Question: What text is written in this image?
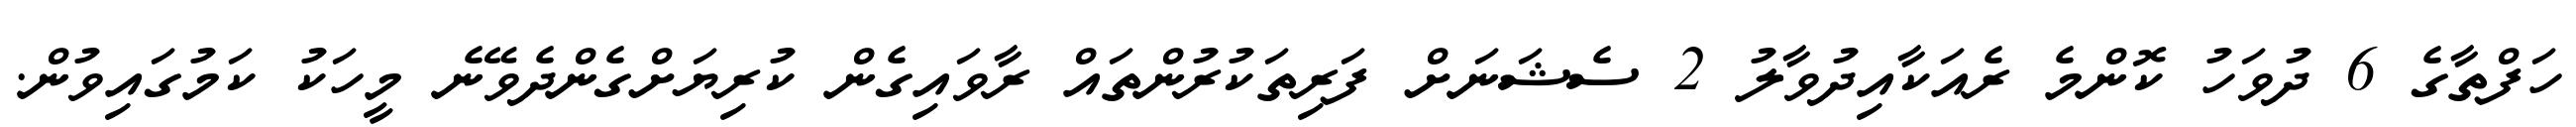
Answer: ހަފްތާގެ 6 ދުވަހު ކޮންމެ ރެއަކާއިދުވާލު 2 ސެޝަނަށް ފަރިތަކުރުންތައް ރާވައިގެން ކުރިޔަށްގެންދެވޭނެ މީހަކު ކަމުގައިވުން.